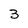
Character: 3